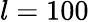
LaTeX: l=100